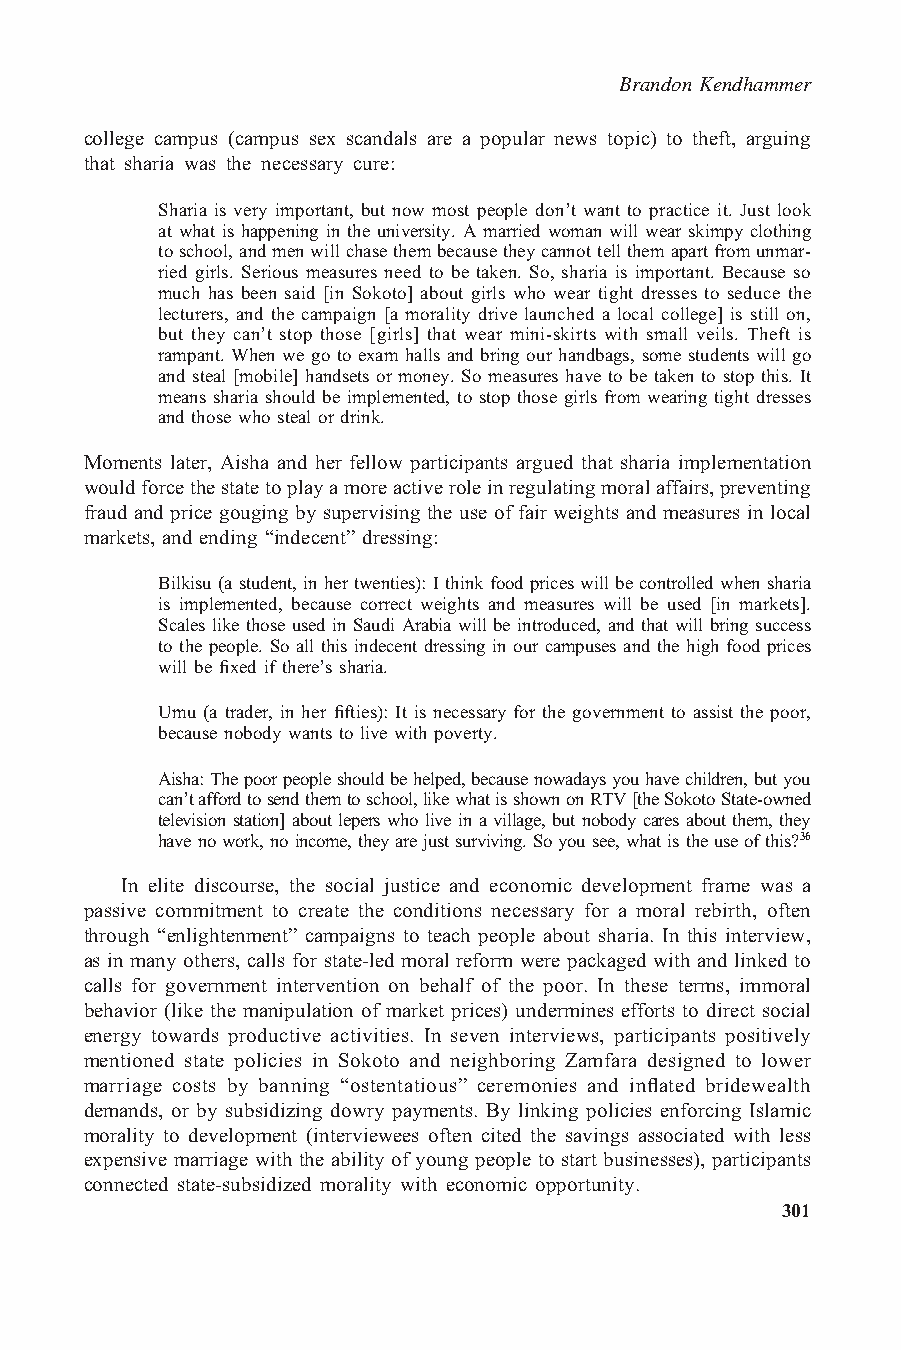
Brandon Kendhammer
 college campus (campus sex scandals are a popular news topic) to theft, arguing
 that sharia was the necessary cure:
 Sharia is very important, but now most people don’t want to practice it. Just look
 at what is happening in the university. A married woman will wear skimpy clothing
 toschool,andmenwillchasethembecausetheycannottellthemapartfromunmar-
 ried girls. Serious measures need to be taken. So, sharia is important. Because so
 much has been said [in Sokoto] about girls who wear tight dresses to seduce the
 lecturers, and the campaign [a morality drive launched a local college] is still on,
 but they can’t stop those [girls] that wear mini-skirts with small veils. Theft is
 rampant. When we go to exam halls and bring our handbags, some students will go
 and steal [mobile] handsets or money. So measures have to be taken to stop this. It
 means sharia should be implemented, to stop those girls from wearing tight dresses
 and those who steal or drink.
 Moments later, Aisha and her fellow participants argued that sharia implementation
 wouldforcethestatetoplayamoreactiveroleinregulatingmoralaffairs,preventing
 fraud and price gouging by supervising the use of fair weights and measures in local
 markets, and ending “indecent” dressing:
 Bilkisu (a student,in her twenties): I think foodprices will becontrolled when sharia
 is implemented, because correct weights and measures will be used [in markets].
 Scales like those used in Saudi Arabia will be introduced, and that will bring success
 to the people. So all this indecent dressing in our campuses and the high food prices
 will be fixed if there’s sharia.
 Umu (a trader, in her fifties): It is necessary for the government to assist the poor,
 because nobody wants to live with poverty.
 Aisha:Thepoorpeopleshouldbehelped,becausenowadaysyouhavechildren,butyou
 can’taffordtosendthemtoschool,likewhatisshownonRTV[theSokotoState-owned
 television station] about lepers who live in a village, but nobody cares about them, they
 have no work,no income,they are just surviving. So you see,what is theuseof this?36
 In elite discourse, the social justice and economic development frame was a
 passive commitment to create the conditions necessary for a moral rebirth, often
 through “enlightenment” campaigns to teach people about sharia. In this interview,
 as in many others, calls for state-led moral reform were packaged with and linked to
 calls for government intervention on behalf of the poor. In these terms, immoral
 behavior (like the manipulation of market prices) undermines efforts to direct social
 energy towards productive activities. In seven interviews, participants positively
 mentioned state policies in Sokoto and neighboring Zamfara designed to lower
 marriage costs by banning “ostentatious” ceremonies and inflated bridewealth
 demands, or by subsidizing dowry payments. By linking policies enforcing Islamic
 morality to development (interviewees often cited the savings associated with less
 expensive marriage with the ability of young people to start businesses), participants
 connected state-subsidized morality with economic opportunity.
 301